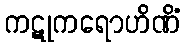
ကဋုကရောဟိဏိံ